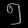
Digit: ၅